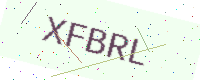
Text: XFBRL